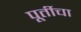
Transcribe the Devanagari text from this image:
पूर्तीचा